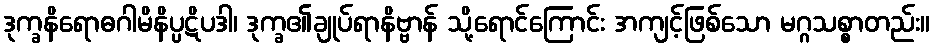
ဒုက္ခနိရောဓဂါမိနိပ္ပဋိပဒါ၊ ဒုက္ခ၏ချုပ်ရာနိဗ္ဗာန် သို့ရောင်ကြောင်း အကျင့်ဖြစ်သော မဂ္ဂသစ္စာတည်း။